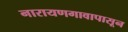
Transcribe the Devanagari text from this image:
नारायणगावापासून